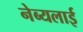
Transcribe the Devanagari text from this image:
नेब्यलाई